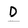
Character: D